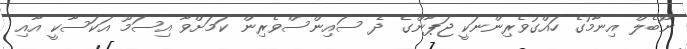
ނޯބެލް އިނާމުގެ ހައްގުވެރިންނަކީ ޖަޕާންގެ ދެ ސައިންސްވެރިން ކަމަށްވާ އިސަމޫ އަކަސާކީ އާއި